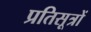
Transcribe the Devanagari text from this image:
प्रतिसूत्रों